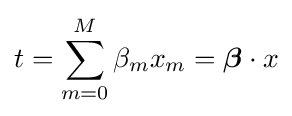
t=\sum _{m=0}^{M}\beta _{m}x_{m}={\boldsymbol {\beta }}\cdot x